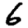
Digit: 6